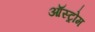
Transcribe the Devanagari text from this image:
ऑस्ट्रोम